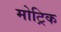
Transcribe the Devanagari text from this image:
मोट्रिक